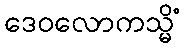
ဒေဝလောကသ္မိံ